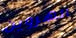
الهروين